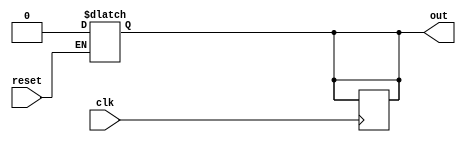
module async_reset (
    input wire clk,      // Clock signal
    input wire reset,    // Asynchronous reset signal
    output reg out       // Output signal
);

// Parameters for reset value
parameter RESET_VALUE = 1'b0; // Define the reset value (e.g., 0 for active-high reset)

// Always block for asynchronous reset
always @* begin
    if (reset) begin
        out = RESET_VALUE; // Immediately set output to reset value
    end
end

// Always block for synchronous operation
always @(posedge clk) begin
    if (!reset) begin
        // Update logic for out when reset is not active
        // Example: out <= some_condition ? new_value : out;
        // Replace "some_condition" and "new_value" with actual logic for your design.
        out <= out; // Placeholder for synchronous operation
    end
end

endmodule